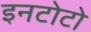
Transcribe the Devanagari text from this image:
इनटोटो